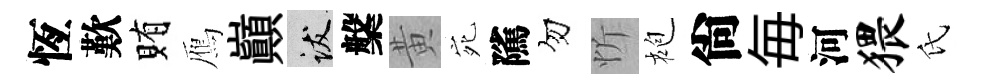
恆歎賄鴈巔跋槃黄宛隲勿忻袍尙毎河猥氏